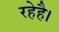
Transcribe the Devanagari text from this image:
रहेहै।